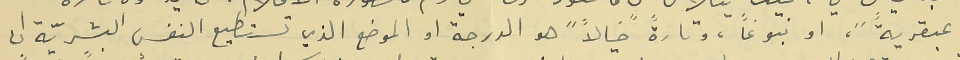
"عبقرية"، او نبوغاً، وتارةً "خيالاً" هو الدرجة او الموضع الذي تستطيع النفس البشريّة ان